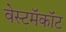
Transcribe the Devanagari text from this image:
वेस्टमॅकॉट